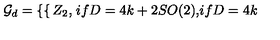
{ \cal G } _ { d } = \left\{ \begin{cases} { Z _ { 2 } , } & { i f D = 4 k + 2 } \\ { S O ( 2 ) , } & { i f D = 4 k } \\ \end{cases} \right.